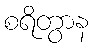
စရိတွာန